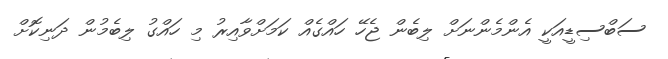
ސަބްސިޑީއަކީ އެންމެންނަށް ލިބެން ޖެހޭ ހައްގެއް ކަމަށްވާއިރު މި ހައްގު ލިބެމުން ދަނިކޮށް